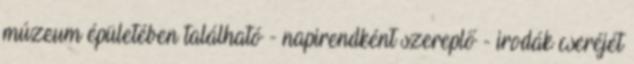
múzeum épületében található - napirendként szereplő - irodák cseréjét